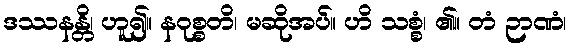
ဒဿနန္တိ၊ ဟူ၍။ နဝုစ္စတိ၊ မဆိုအပ်။ ဟိ သစ္စံ၊ ၏။ တံ ဉာဏံ၊